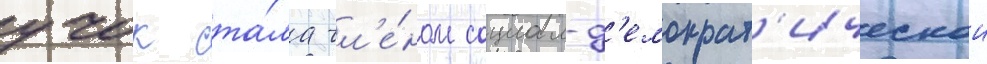
учок ста́ла чл'е́ном социал-д'емократ'ическои